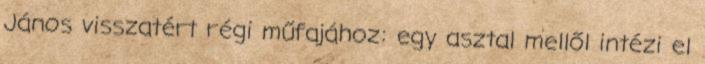
János visszatért régi műfajához: egy asztal mellől intézi el